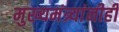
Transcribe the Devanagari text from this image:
मुख्यमंत्र्यांनीही